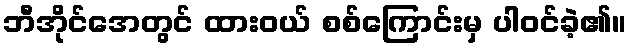
ဘီအိုင်အေတွင် ထားဝယ် စစ်ကြောင်းမှ ပါဝင်ခဲ့၏။